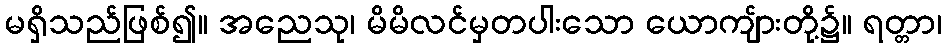
မရှိသည်ဖြစ်၍။ အညေသု၊ မိမိလင်မှတပါးသော ယောကျ်ားတို့၌။ ရတ္တာ၊